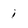
Character: i